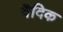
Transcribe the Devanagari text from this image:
वैदिक